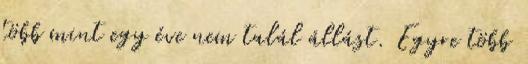
több mint egy éve nem talál állást. Egyre több